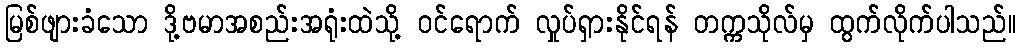
မြစ်ဖျားခံသော ဒို့ဗမာအစည်းအရုံးထဲသို့ ဝင်ရောက် လှုပ်ရှားနိုင်ရန် တက္ကသိုလ်မှ ထွက်လိုက်ပါသည်။